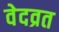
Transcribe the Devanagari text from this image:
वेदव्रत